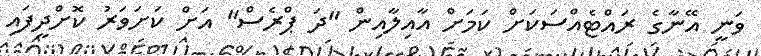
ވަނީ އޭނާގެ ރައްޓެއްސަކަށް ކަމަށް އާއިލާއިން "ދަ ޕްރެސް" އަށް ކަށަވަރު ކޮށްދީފައި